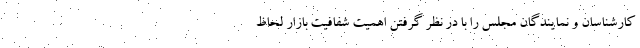
کارشناسان و نمایندگان مجلس را با در نظر گرفتن اهمیت شفافیت بازار لحاظ